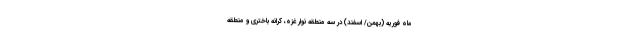
ماه فوریه (بهمن/ اسفند) در سه منطقه نوار غزه، کرانه باختری و منطقه